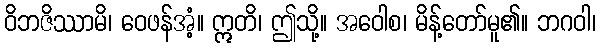
ဝိဘဇိဿာမိ၊ ဝေဖန်အံ့။ ဣတိ၊ ဤသို့။ အဝေါစ၊ မိန့်တော်မူ၏။ ဘဂဝါ၊